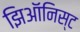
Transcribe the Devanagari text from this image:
झिऑनिस्ट